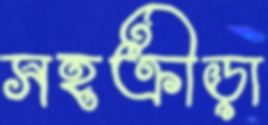
সহক্রীড়া